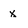
Character: x